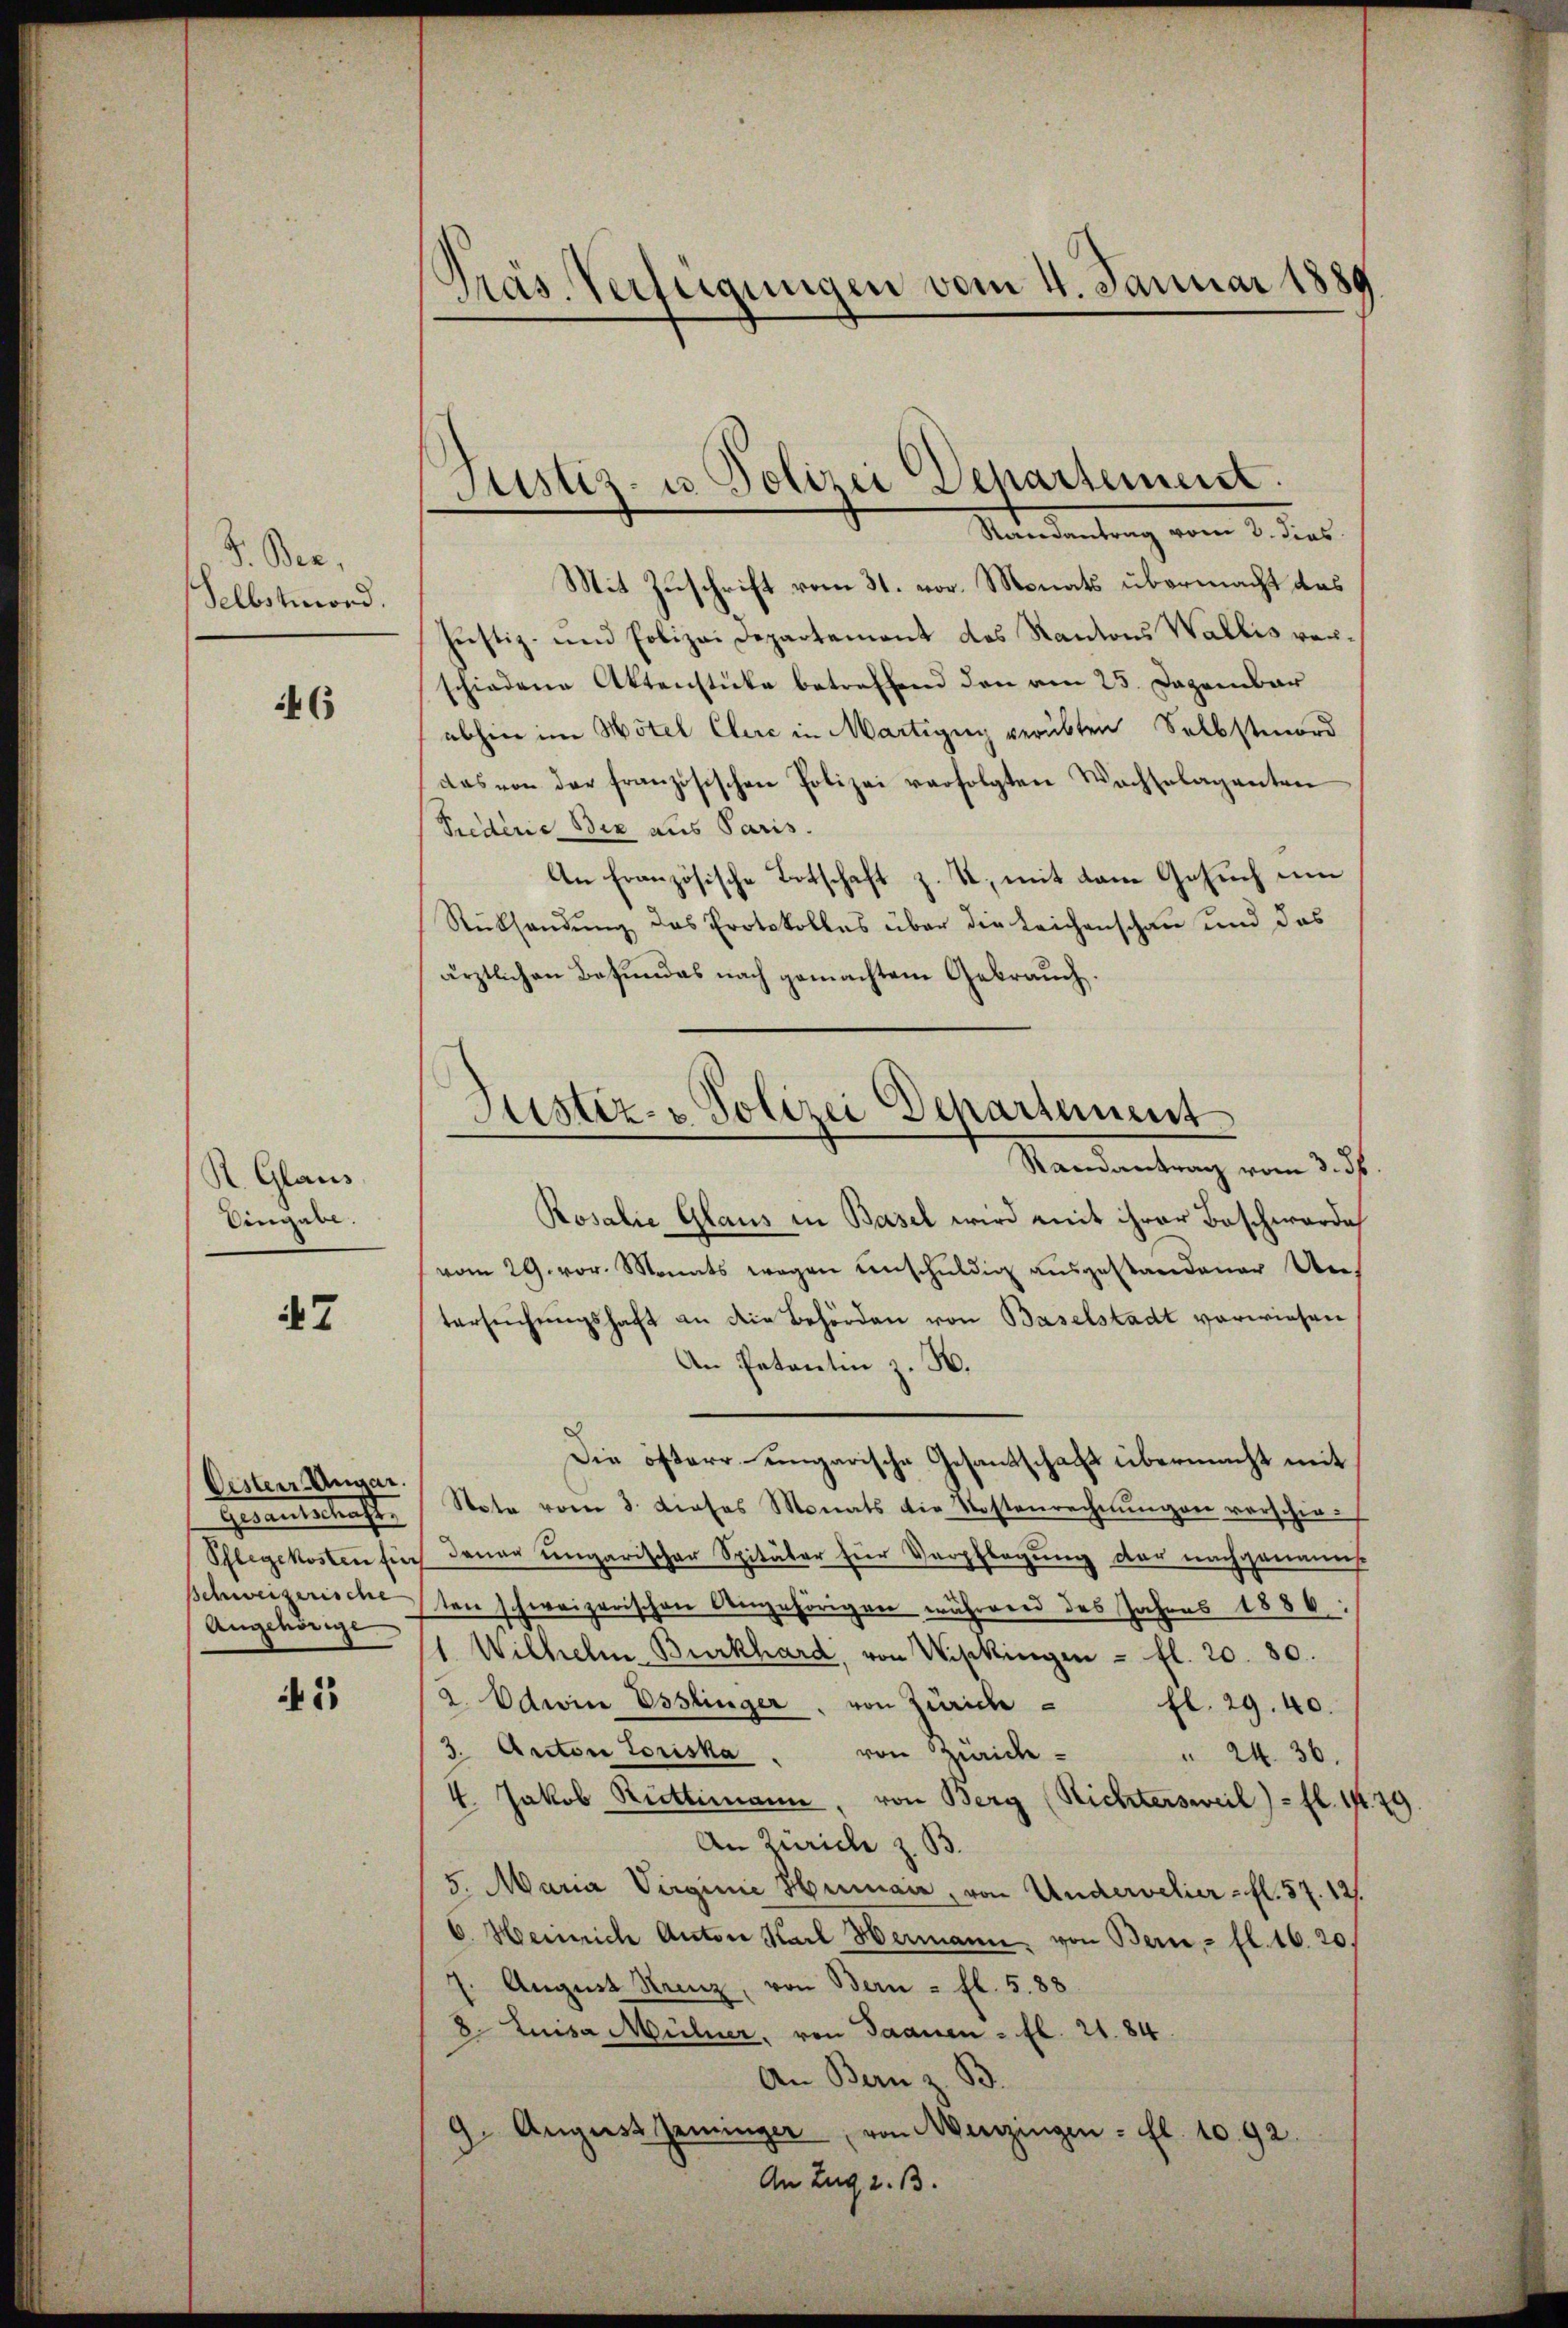
V. Ber
Selbstmord.

46

R. Glaus
Eingabe.

7

Oester Angar.
Herantestenste
Pflegekosten für
Schweizerische
Angehörige

41

.
Pras. Verfügungen vom 4. Januar 1880

Justiz- u. Polizei Departement.
Mandantung vom 2. des

Mit Zuschrift vom 31. vor. Monats übermacht das
Justiz- und Polizei Departement des Kantons Wallis vorschiedene Aktenstücke betreffend den am 25. Dezember
abhin im Hotel Clere in Martigny verübten Selbstmord
das von der französischen Polizei verfolgten Wachselaganten
Siedere Bex aus Paris.
An Französische Botschaft z. T., mit dem Gesuch um
Rücksendung das Protokolles über die Leichenschau und das
ärztlichen Befundes nach gemachtem Gebrauch.
Rosalie Glaus in Basel wird mit ihrer Beschwärde
vom 29. vor. Monats wegen einschuldig ausgestandener Ue-
tersŭchŭngshaft an die Behörden von Baselstadt vorwiesen
An Petentin z. B.
Die öfterr-ungarische Gesandschaft übermacht mit
Stote vom 3. dieses Monats die Kostenrechnŭngen verschie-
denar ungarischer Spitäter für Verpflegung der nachgewinnerst
ten schweizerischen Angehörigen während des Jahres 1886:
1. Wilhelm Burkhard, von Wipkingen - fl. 20. 80.
2. Odwice Esslinger, von Zürich - fl. 29. 40.
3. Auctor Loriska
von Zürich¬
" 24. 36.
4. Jakob Rüttimann, von Berg (Richtersweil) - fl. 14. 29
An Zürich z. B.
5. Maria Virginie Humaia, von Undervelier - fl. 87. 12.
6. Heinrich Anton Karl Hermann, von Bern - fl. 16. 20.
7. August Reiz, von Bern - fl. 5. 88
8 Luisa Müller, von Saanen - fl. 21. 84.
An Bern z. B.
9. August Zeninger von Menzingen - fl. 1092.
An Zug z. B.

Justiz- & Polizei Departement
Randantrag vom 3. d.